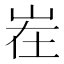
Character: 𱛜